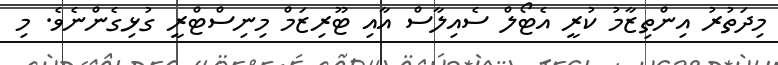
މިދަތުރު އިންތިޒާމު ކުރީ އެޓޯލް ސެއިލާސް އާއި ޓޫރިޒަމް މިނިސްޓްރީ ގުޅިގެންނެވެ. މި